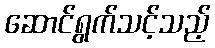
ဆောင်ရွက်သင့်သည့်